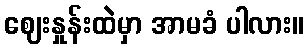
ဈေးနှုန်းထဲမှာ အာမခံ ပါလား။